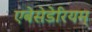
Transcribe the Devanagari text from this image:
एबेसेडेरियम्